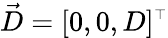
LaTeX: \vec{D}=[0,0,D]^{\scriptscriptstyle\top}